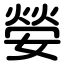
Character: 嫈